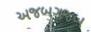
અજબગજબ